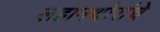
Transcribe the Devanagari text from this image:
लहानथोरांचे